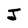
Character: J